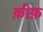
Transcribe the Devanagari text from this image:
क़ीफ़